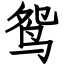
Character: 鸳